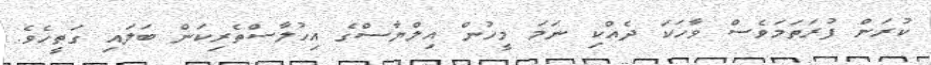
ކުރަން ފުރަތަމަވެސް ވާހަކަ ދެއްކި ނަމަ މީހުން އިލްޔާސްގެ އިހުލާސްތެރިކަން ބަލައި ގަތީހެވެެ.